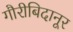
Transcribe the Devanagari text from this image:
गौरीबिदानूर